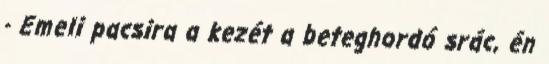
- Emeli pacsira a kezét a beteghordó srác, én